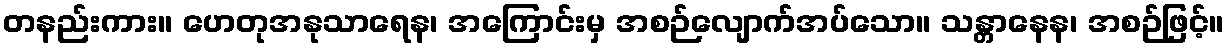
တနည်းကား။ ဟေတုအနုသာရေန၊ အကြောင်းမှ အစဉ်လျောက်အပ်သော။ သန္တာနေန၊ အစဉ်ဖြင့်။